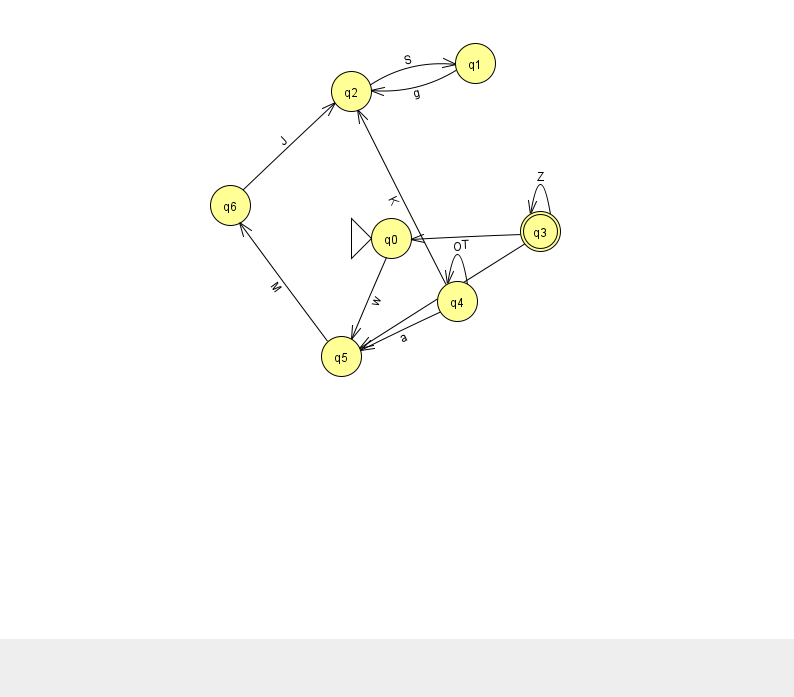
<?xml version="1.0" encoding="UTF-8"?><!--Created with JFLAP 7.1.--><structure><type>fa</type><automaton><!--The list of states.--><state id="0" name="q0"><x>391.0</x><y>225.0</y><initial/></state><state id="1" name="q1"><x>475.0</x><y>50.0</y></state><state id="2" name="q2"><x>351.0</x><y>78.0</y></state><state id="3" name="q3"><x>540.0</x><y>218.0</y><final/></state><state id="4" name="q4"><x>457.0</x><y>288.0</y></state><state id="5" name="q5"><x>341.0</x><y>343.0</y></state><state id="6" name="q6"><x>230.0</x><y>192.0</y></state><!--The list of transitions.--><transition><from>2</from><to>1</to><read>S</read></transition><transition><from>3</from><to>0</to><read>T</read></transition><transition><from>5</from><to>6</to><read>M</read></transition><transition><from>4</from><to>5</to><read>a</read></transition><transition><from>1</from><to>2</to><read>g</read></transition><transition><from>4</from><to>2</to><read>K</read></transition><transition><from>6</from><to>2</to><read>J</read></transition><transition><from>3</from><to>3</to><read>Z</read></transition><transition><from>3</from><to>5</to><read>b</read></transition><transition><from>0</from><to>5</to><read>w</read></transition><transition><from>4</from><to>4</to><read>O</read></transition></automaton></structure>